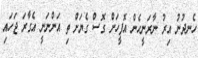
ހެނދުނު އިރު ނާރަނީހެން އޮފީހަށް ގޮސް ގެޔަށް ތި އަންނަނީ އެގާރަ ޖަހައި